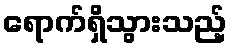
ရောက်ရှိသွားသည့်